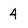
Character: 4